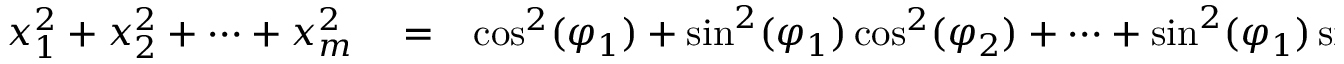
\begin{array} { r l r } { x _ { 1 } ^ { 2 } + x _ { 2 } ^ { 2 } + \cdots + x _ { m } ^ { 2 } } & { { } = } & { \cos ^ { 2 } ( \varphi _ { 1 } ) + \sin ^ { 2 } ( \varphi _ { 1 } ) \cos ^ { 2 } ( \varphi _ { 2 } ) + \cdots + \sin ^ { 2 } ( \varphi _ { 1 } ) \sin ^ { 2 } ( \varphi _ { 2 } ) \cdots \cos ^ { 2 } ( \varphi _ { m } ) } \end{array}